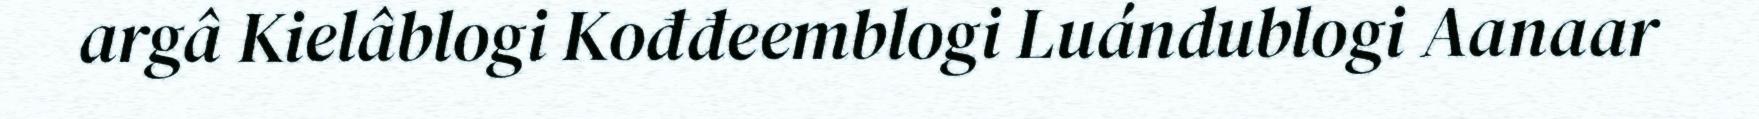
argâ Kielâblogi Kođđeemblogi Luándublogi Aanaar